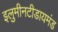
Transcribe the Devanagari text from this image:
इलुमीनटीडायमंड